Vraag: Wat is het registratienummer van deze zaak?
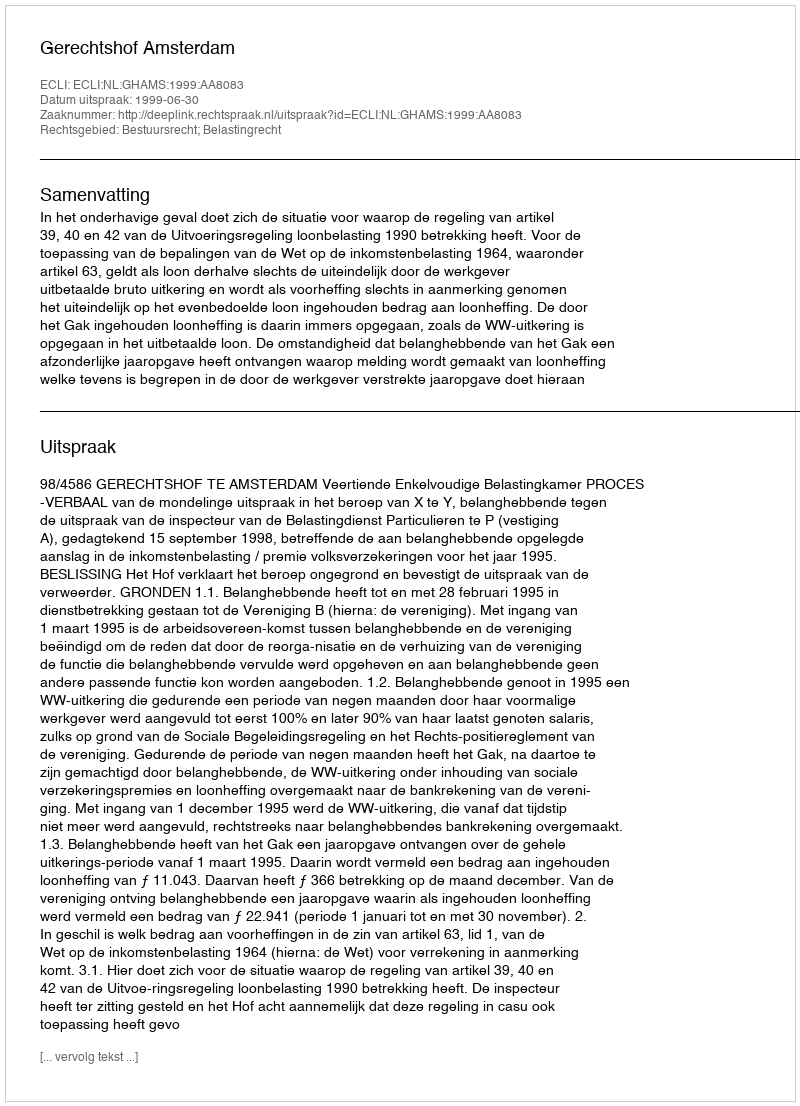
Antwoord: http://deeplink.rechtspraak.nl/uitspraak?id=ECLI:NL:GHAMS:1999:AA8083